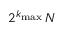
2 ^ { k _ { \operatorname* { m a x } } } \, N